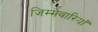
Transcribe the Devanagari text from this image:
जिम्मेवारियाँ